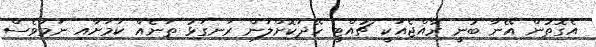
އެގޮތުން އޭނާ ބުނީ ރާއްޖެއަކީ ޗުއްޓީ ހޭދަކޮށްލަން ރަނގަޅު ތަނެއް ކަމަށާއި ނަމަވެސް